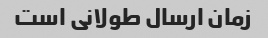
زمان ارسال طولانی است